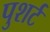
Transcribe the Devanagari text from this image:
पुशर्ट